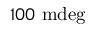
1 0 0 ~ \mathrm { m d e g }